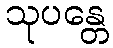
သုပန္တေ